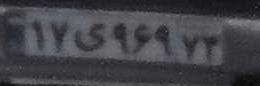
۱۷ی۹۶۹۷۳